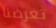
تعرضنا